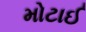
મોટાઈ